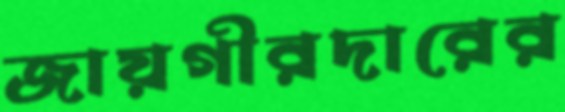
জায়গীরদারের